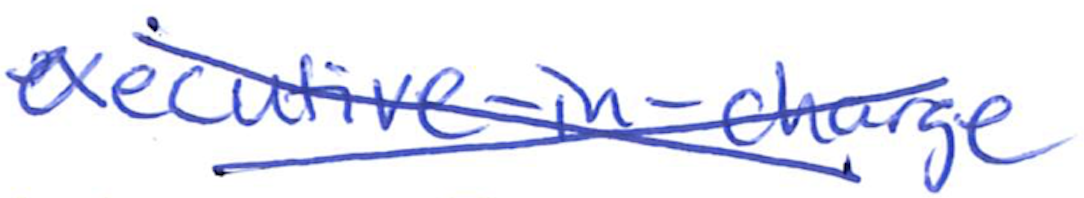
Text: executive-in-charge
Cross-out: cross
Writing tool: ballpoint